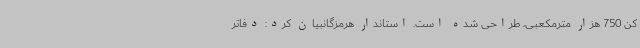
کن 750 هزار مترمکعبی، طراحی شده است. استاندار هرمزگانبیان کرد: دفاتر